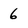
Character: 6